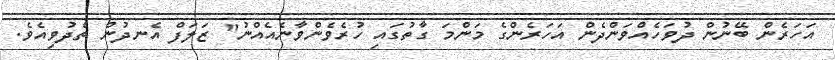
އަހަރެން ބޭނުން ދުވަހެއްވަންދެން އަހަރެންގެ މަންމަ ގާތުގައި ހުރެވެންވާނެއެއްނު" ޒަލަފް އެނދުން ތެދުވިއެވެ.